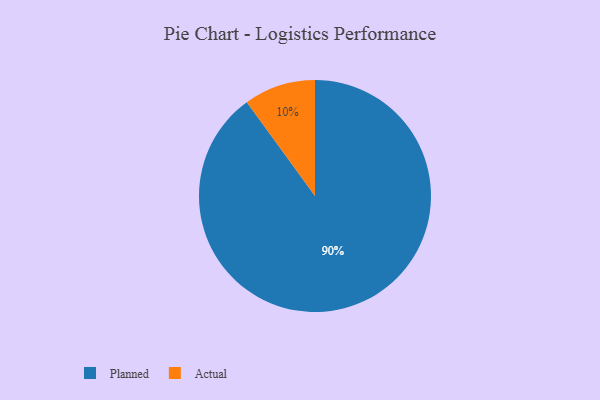
{"axis": {"x": "Category", "y": "Percentage"}, "legend": ["Actual", "Planned"], "data": [{"x": "Actual", "y": 10, "type": "Actual"}, {"x": "Planned", "y": 90, "type": "Planned"}]}